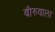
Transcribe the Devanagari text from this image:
बीरुवाला